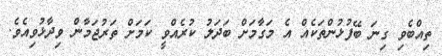
ތިއްބެވި ގިނަ ބޭފުޅުންތަކެއް އެ މަގާމަށް ބަދަލު ކުރެއްވީ ކަމަށް ތަރުޖަމާން ވިދާޅުވިއެވެ.